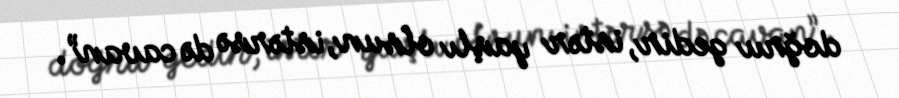
doğru gedir, istər yaşlı olsun, istərsə də cavan”.